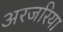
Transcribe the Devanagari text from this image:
अरजरिया